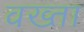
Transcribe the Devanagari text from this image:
वख्‍ता